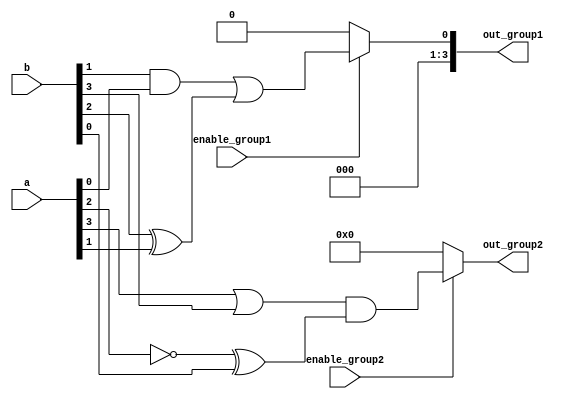
module overlapping_groups (
    input wire [3:0] a,    // Primary input signals (4 bits)
    input wire [3:0] b,    // Primary input signals (4 bits)
    input wire enable_group1, // Control signal to enable Group 1
    input wire enable_group2, // Control signal to enable Group 2
    output wire [3:0] out_group1, // Output from Group 1
    output wire [3:0] out_group2  // Output from Group 2
);

// Group 1 Logic Block
// Logic functions can be modified as needed
wire [3:0] group1_inputs;
assign group1_inputs = {a[1], b[2], a[0], b[1]}; // Example overlapping inputs

assign out_group1 = (enable_group1) ? (group1_inputs[0] & group1_inputs[1]) | (group1_inputs[2] ^ group1_inputs[3]) : 4'b0000;

// Group 2 Logic Block
// Logic functions can be modified as needed
wire [3:0] group2_inputs;
assign group2_inputs = {b[0], a[2], b[3], a[3]}; // Example overlapping inputs

assign out_group2 = (enable_group2) ? (group2_inputs[0] | group2_inputs[1]) & (~group2_inputs[2] ^ group2_inputs[3]) : 4'b0000;

endmodule